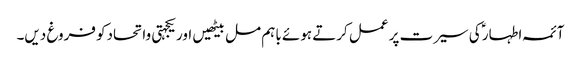
آئمہ اطہار ؑکی سیرت پر عمل کرتے ہوئے باہم مل بیٹھیں اور یکجہتی واتحادکو فروغ دیں۔